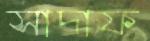
সাদাফ